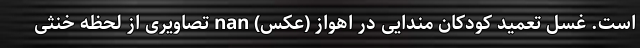
است. غسل تعمید کودکان مندایی در اهواز (عکس) nan تصاویری از لحظه خنثی